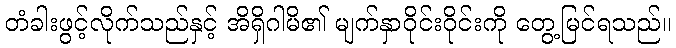
တံခါးဖွင့်လိုက်သည်နှင့် အိရှိဂါမိ၏ မျက်နှာဝိုင်းဝိုင်းကို တွေ့မြင်ရသည်။